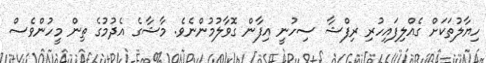
ހިޔާލުތަކަށް ގެއްލިފައިހުރި ރިފްޝާ ސިހުނީ އިފާން ގޮވާލުމުންނެވެ. މާޝާގެ އެދުމުގެ ތިން މީހުންވެސް